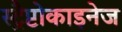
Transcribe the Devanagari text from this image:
स्ट्रैप्टोकाइनेज